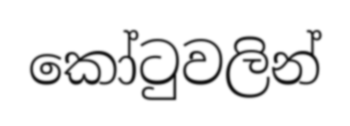
කෝටුවලින්